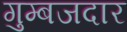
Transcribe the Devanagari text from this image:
गुम्बजदार